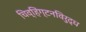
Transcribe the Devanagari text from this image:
चिव्हिंग्टनविरुद्ध